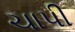
ચાપી